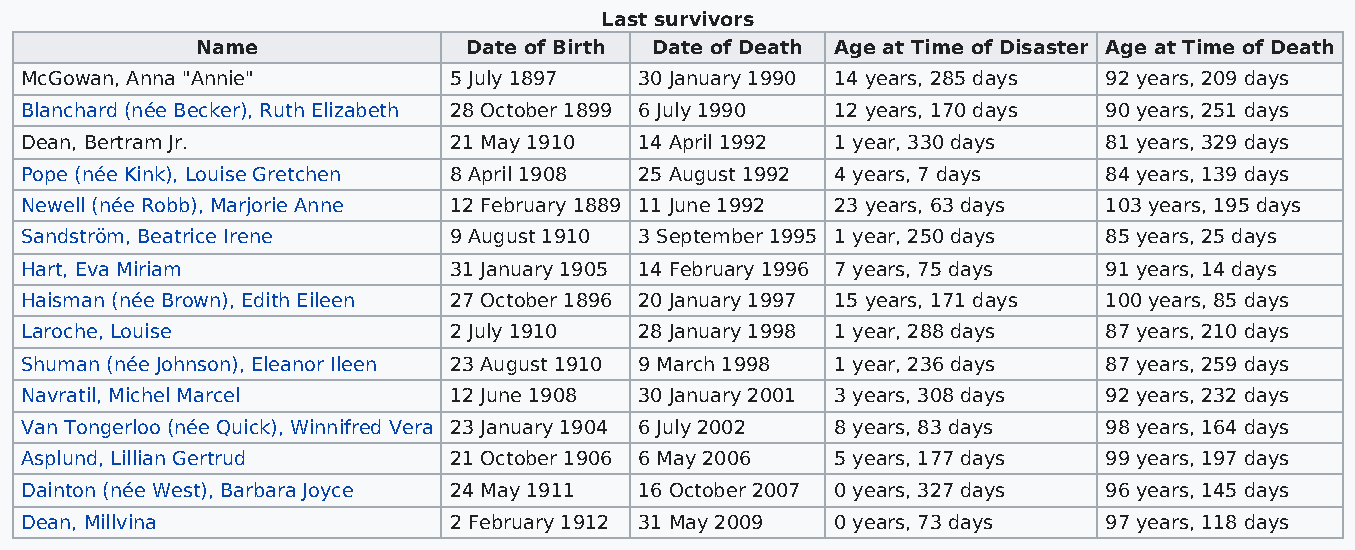
Last survivors
 Name              Date of Birth Date of Death Age at Time of Disaster Age at Time of Death
 McGowan, Anna "Annie"        5 July 1897 30 January 1990 14 years, 285 days 92 years, 209 days
 Blanchard (née Becker), Ruth Elizabeth 28 October 1899 6 July 1990 12 years, 170 days 90 years, 251 days
 Dean, Bertram Jr.            21 May 1910 14 April 1992 1 year, 330 days 81 years, 329 days
 Pope (née Kink), Louise Gretchen 8 April 1908 25 August 1992 4 years, 7 days 84 years, 139 days
 Newell (née Robb), Marjorie Anne 12 February 1889 11 June 1992 23 years, 63 days 103 years, 195 days
 Sandström, Beatrice Irene    9 August 1910 3 September 1995 1 year, 250 days 85 years, 25 days
 Hart, Eva Miriam             31 January 1905 14 February 1996 7 years, 75 days 91 years, 14 days
 Haisman (née Brown), Edith Eileen 27 October 1896 20 January 1997 15 years, 171 days 100 years, 85 days
 Laroche, Louise              2 July 1910 28 January 1998 1 year, 288 days 87 years, 210 days
 Shuman (née Johnson), Eleanor Ileen 23 August 1910 9 March 1998 1 year, 236 days 87 years, 259 days
 Navratil, Michel Marcel      12 June 1908 30 January 2001 3 years, 308 days 92 years, 232 days
 Van Tongerloo (née Quick), Winnifred Vera 23 January 1904 6 July 2002 8 years, 83 days 98 years, 164 days
 Asplund, Lillian Gertrud     21 October 1906 6 May 2006 5 years, 177 days 99 years, 197 days
 Dainton (née West), Barbara Joyce 24 May 1911 16 October 2007 0 years, 327 days 96 years, 145 days
 Dean, Millvina               2 February 1912 31 May 2009 0 years, 73 days 97 years, 118 days